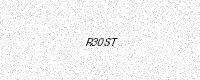
Text: R30ST